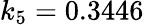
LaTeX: k_{5}=0.3446